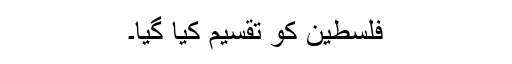
فلسطین کو تقسیم کیا گیا۔